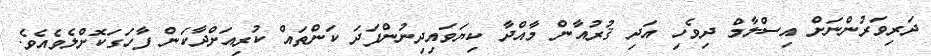
ދަރިވަރުންނަށް އިސްލާމް ދިވެހި އަދި ޤުރުއާން މާއްދާ ކިޔަވައިދިނުންފަދަ ކަންތައް ކުރިއަށްދާކަން ފާހަގަކޮށްލެވެއެވެ.